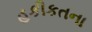
હકીકતના